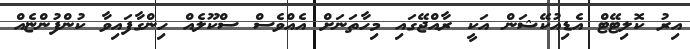
އިރު ކޮލިޓޭޓް އެޑިއުކޭޝަން އަކީ ރާއްޖޭގައި މިހާތަނަށް އެއްވެސް ސްކޫލެއް ހިންގާފައިވާ ކުންފުންޏެއް